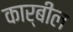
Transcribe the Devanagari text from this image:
कार्बील